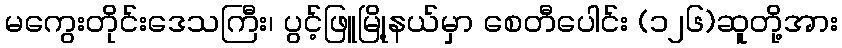
မကွေးတိုင်းဒေသကြီး၊ ပွင့်ဖြူမြို့နယ်မှာ စေတီပေါင်း (၁၂၆)ဆူတို့အား